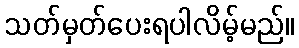
သတ်မှတ်ပေးရပါလိမ့်မည်။